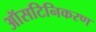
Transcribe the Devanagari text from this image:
ऑसटिनिकरण